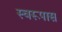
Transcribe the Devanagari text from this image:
स्वरूपास